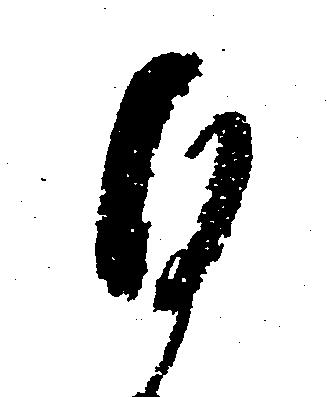
ひ